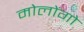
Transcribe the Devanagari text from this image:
मोलोंगो